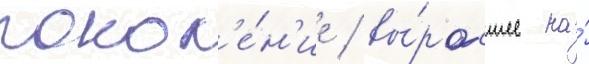
покол'е́н'ие / вы́росшее на́